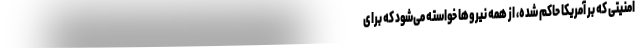
امنیتی که بر آمریکا حاکم شده، از همه نیروها خواسته می‌شود که برای